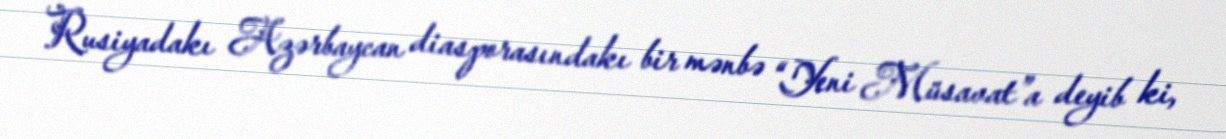
Rusiyadakı Azərbaycan diasporasındakı bir mənbə “Yeni Müsavat”a deyib ki,